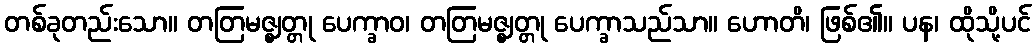
တစ်ခုတည်းသော။ တတြမဇ္ဈတ္တု ပေက္ခာဝ၊ တတြမဇ္ဈတ္တု ပေက္ခာသည်သာ။ ဟောတိ၊ ဖြစ်၏။ ပန၊ ထိုသို့ပင်